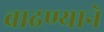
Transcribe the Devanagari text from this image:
वाढण्याने